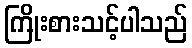
ကြိုးစားသင့်ပါသည်